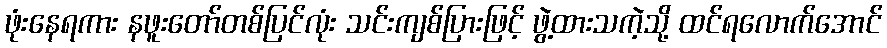
ဖုံးနေရကား နဖူးတော်တစ်ပြင်လုံး သင်းကျစ်ပြားဖြင့် ဖွဲ့ထားသကဲ့သို့ ထင်ရလောက်အောင်